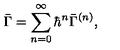
\bar { \Gamma } = \sum _ { n = 0 } ^ { \infty } { \hbar } ^ { n } \bar { \Gamma } ^ { ( n ) } ,